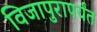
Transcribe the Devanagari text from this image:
विजापुरापर्यंत